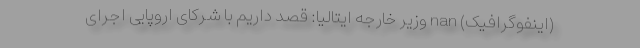
(اینفوگرافیک) nan وزیر خارجه ایتالیا: قصد داریم با شرکای اروپایی اجرای